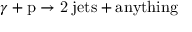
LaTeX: \gamma + \mathrm { p } \rightarrow \mathrm { 2 \; j e t s + a n y t h i n g }